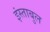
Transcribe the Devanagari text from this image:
इंस्ताबुल